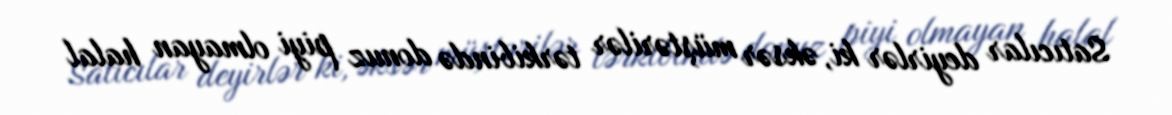
Satıcılar deyirlər ki, əksər müştərilər tərkibində donuz piyi olmayan halal